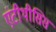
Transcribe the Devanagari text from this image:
एंटीथीसिस